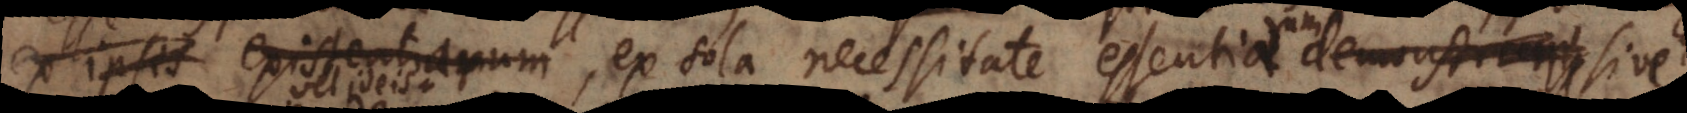
existentiarum existentium, ex sola necessitate essentiae demonstr